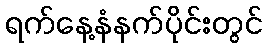
ရက်နေ့နံနက်ပိုင်းတွင်